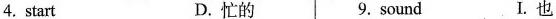
4.start D.忙的 9.sound I.也